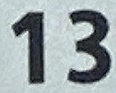
13